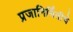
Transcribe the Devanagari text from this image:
प्रजानिर्मितीचे